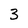
Character: 3